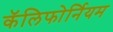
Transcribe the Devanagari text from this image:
कॅलिफोर्नियम